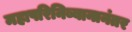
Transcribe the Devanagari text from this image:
महापरिनिब्बानानंतर